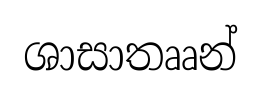
ශාසාතෲන්